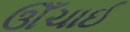
ઊઁચાઈ